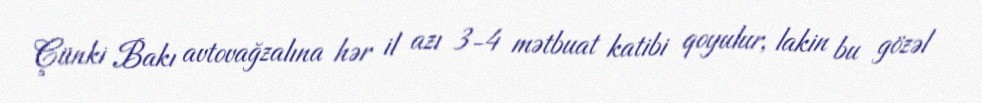
Çünki Bakı avtovağzalına hər il azı 3-4 mətbuat katibi qoyulur, lakin bu gözəl